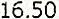
16.50